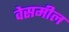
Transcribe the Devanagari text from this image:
वेसमील